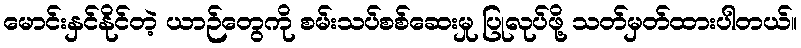
မောင်းနှင်နိုင်တဲ့ ယာဉ်တွေကို စမ်းသပ်စစ်ဆေးမှု ပြုလုပ်ဖို့ သတ်မှတ်ထားပါတယ်။